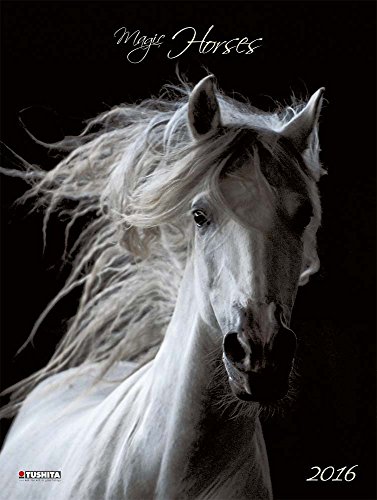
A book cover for Magic Horses (160640) (English, Spanish, French, Italian and German Edition); Tushita; Calendars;